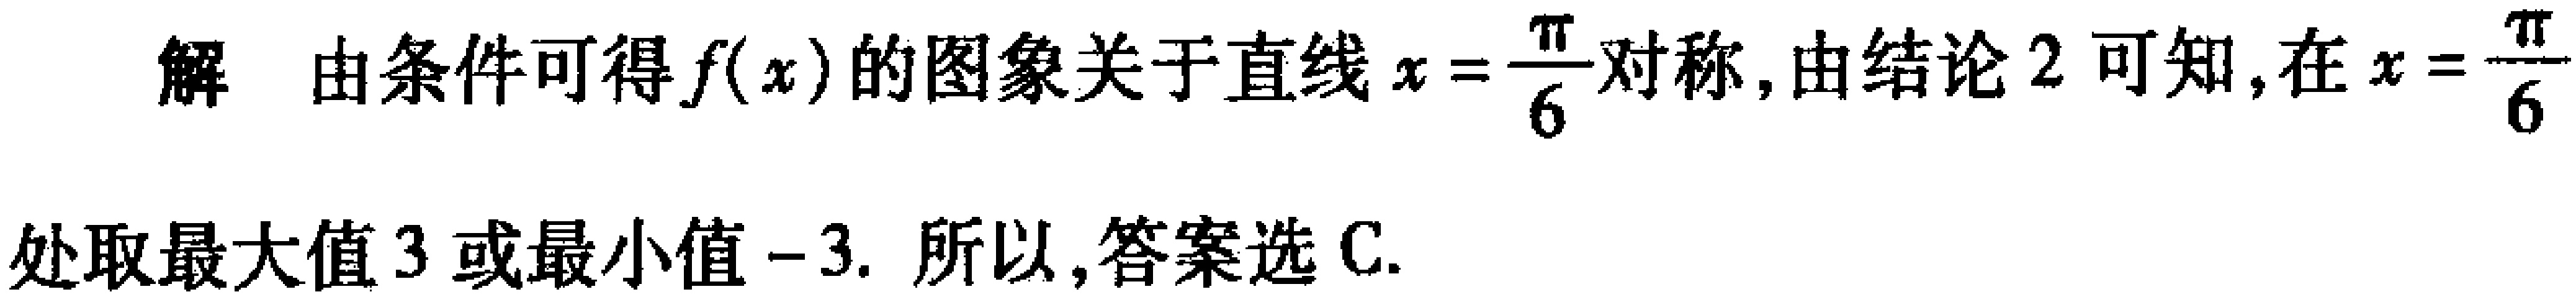
解 由条件可得\(f(x)\)的图象关于直线\(x = \frac{\pi}{6}\)对称, 由结论 2 可知,在\(x = \frac{\pi}{6}\)处取最大值\(3\)或最小值\(-3\). 所以,答案选 C.